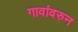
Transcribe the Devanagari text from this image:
गावांवरुन